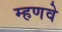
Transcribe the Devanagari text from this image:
म्हणवे